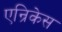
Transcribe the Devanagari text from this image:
एन्रिकेस